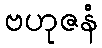
ဗဟုဇနံ